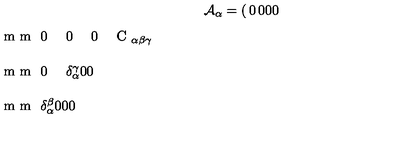
{ \cal A } _ { \alpha } = \left( \begin{matrix} { 0 } & { 0 } & { 0 } & { 0 } \\ { \noalign { \vskip 1 m m } 0 } & { 0 } & { 0 } & { C _ { \alpha \beta \gamma } } \\ { \noalign { \vskip 1 m m } 0 } & { \delta _ { \alpha } ^ { \gamma } } & { 0 } & { 0 } \\ { \noalign { \vskip 1 m m } \delta _ { \alpha } ^ { \beta } } & { 0 } & { 0 } & { 0 } \\ \end{matrix} \right) \ .